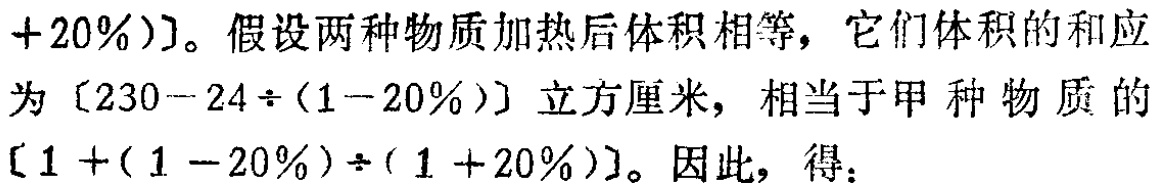
$+20\%)]$。假设两种物质加热后体积相等，它们体积的和应为$[230 - 24\div(1 - 20\%)]$立方厘米，相当于甲种物质的$[1+(1 - 20\%)\div(1 + 20\%)]$。因此，得：